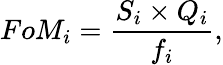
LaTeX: FoM_{i}=\frac{S_{i}\times Q_{i}}{f_{i}},